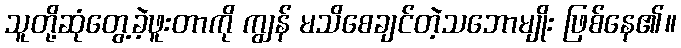
သူတို့ဆုံတွေ့ခဲ့ဖူးတာကို ကျွန် မသိစေချင်တဲ့သဘောမျိုး ဖြစ်နေ၏။